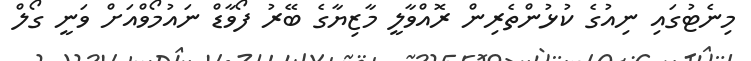
މިނެޓުގައި ނިއުގެ ކުޅުންތެރިން ރޮއްވާލީ މާޒިޔާގެ ބޭރު ފޯވާޑް ނައުމޯވްއަށް ވަނީ ގޯލް